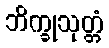
ဘိက္ခုသုတ္တံ